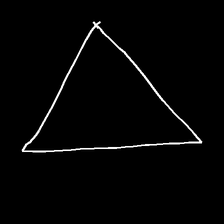
Glyph: convergence